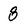
Character: 8